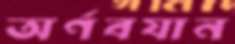
অর্ণবযান